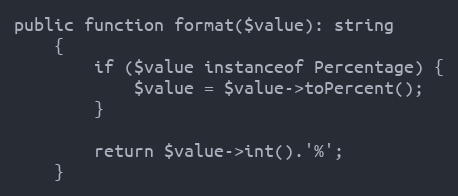
Language: PHP
public function format($value): string
    {
        if ($value instanceof Percentage) {
            $value = $value->toPercent();
        }

        return $value->int().'%';
    }